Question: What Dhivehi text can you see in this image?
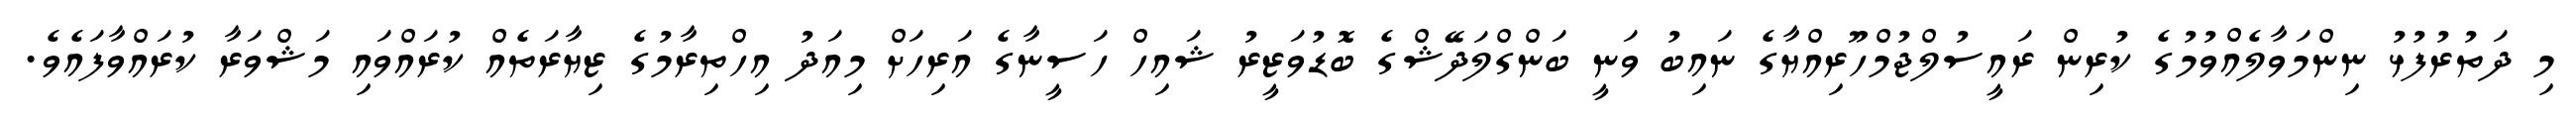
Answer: މި ދަތުރުފުޅު ނިންމަވާލެއްވުމުގެ ކުރިން ރައީސުލްޖުމްހޫރިއްޔާގެ ނައިބު ވަނީ ބަންގްލަދޭޝްގެ ބޮޑުވަޒީރު ޝައިހް ހަސީނާގެ އަރިހަށް މިއަދު އިހްތިރާމުގެ ޒިޔާރަތެއް ކުރައްވައި މަޝްވަރާ ކުރައްވާފައެވެ.